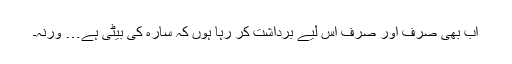
اب بھی صرف اور صرف اس لیے برداشت کر رہا ہوں کہ سارہ کی بیٹی ہے… ورنہ۔